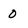
Character: 0